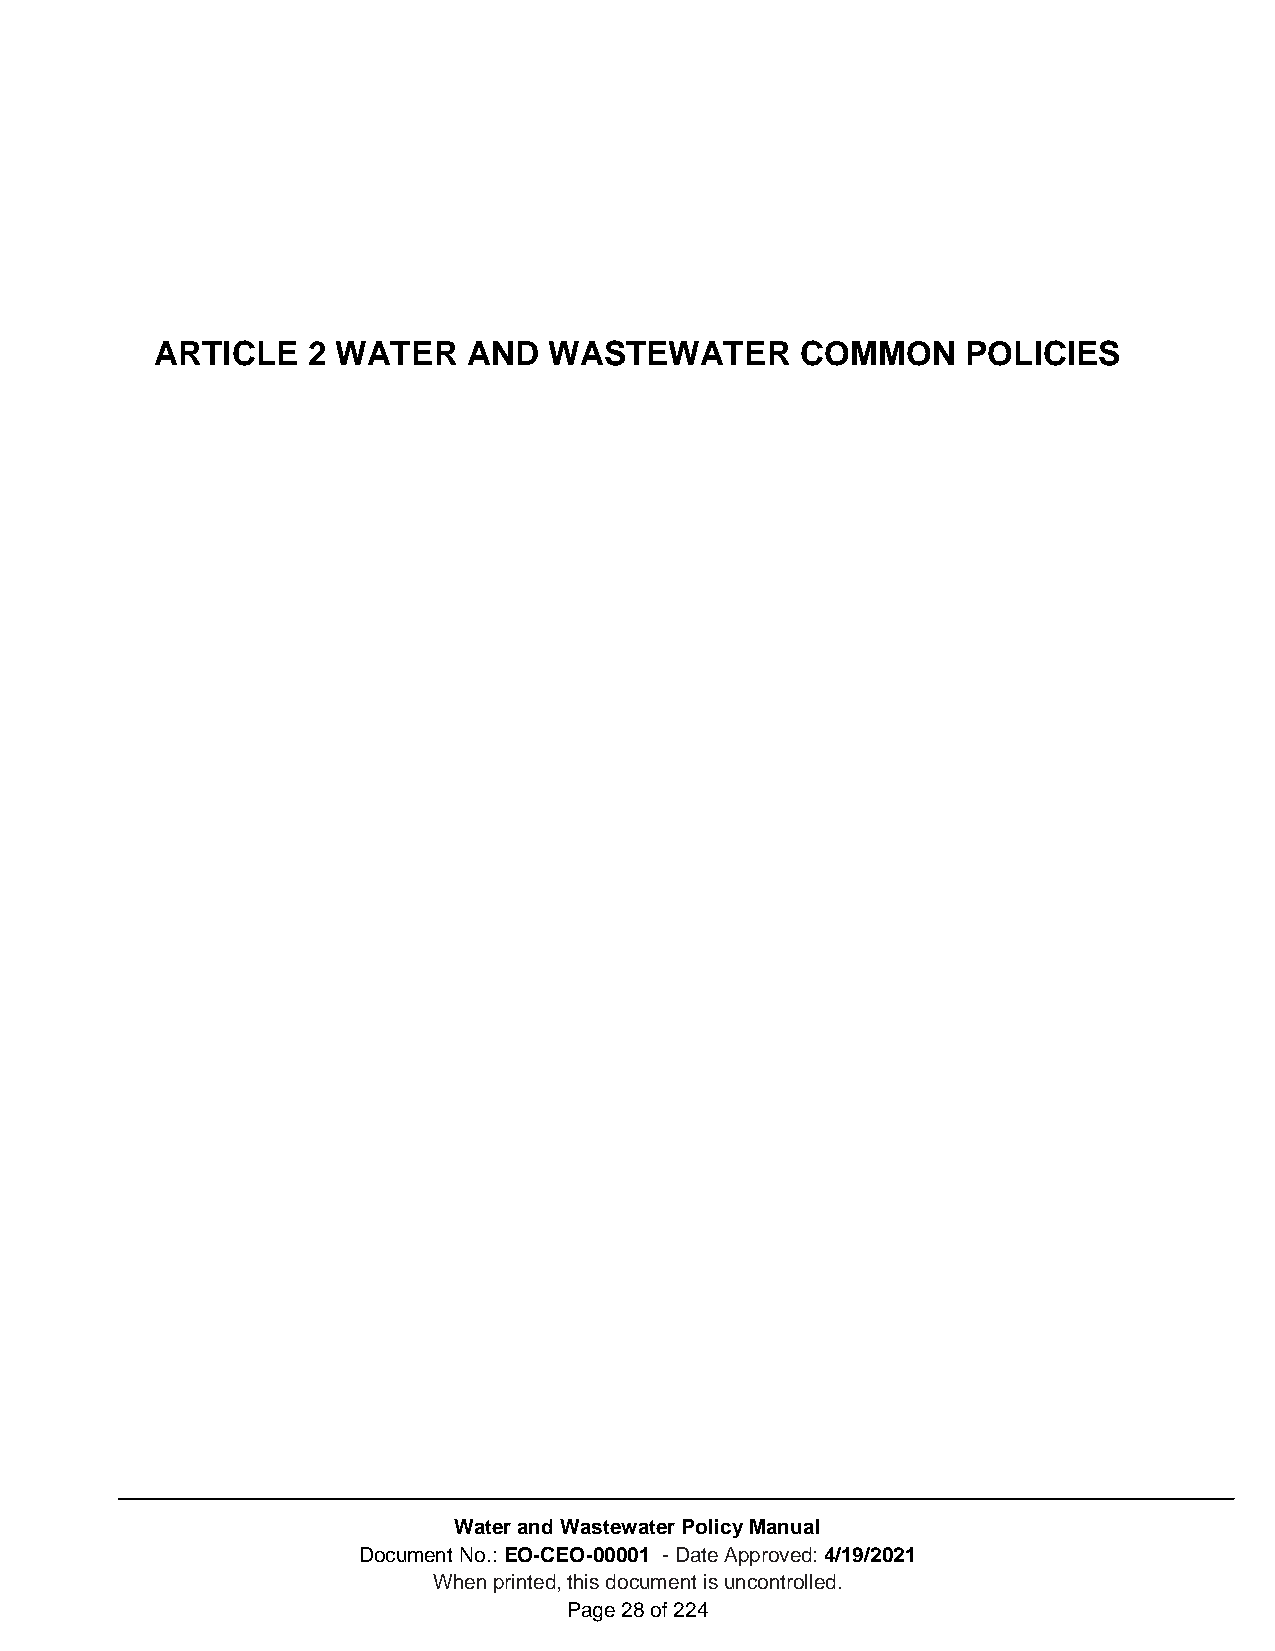
ARTICLE   2 WATER    AND  WASTEWATER       COMMON     POLICIES
 Water and Wastewater Policy Manual
 Document No.: EO-CEO-00001 - Date Approved: 4/19/2021
 When printed, this document is uncontrolled.
 Page 28 of 224